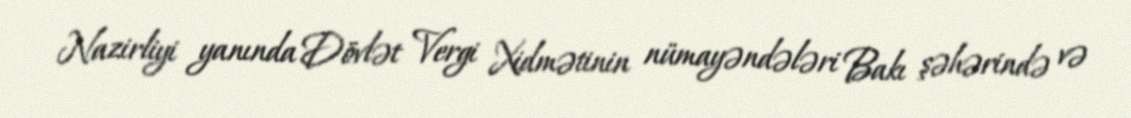
Nazirliyi yanında Dövlət Vergi Xidmətinin nümayəndələri Bakı şəhərində və